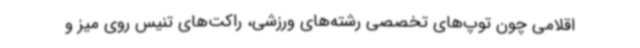
اقلامی چون توپ‌های تخصصی رشته‌های ورزشی، راکت‌های تنیس روی میز و